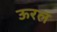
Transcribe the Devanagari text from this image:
ऊरल